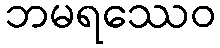
ဘမရဿေဝ